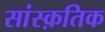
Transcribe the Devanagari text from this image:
सांस्‍क़तिक